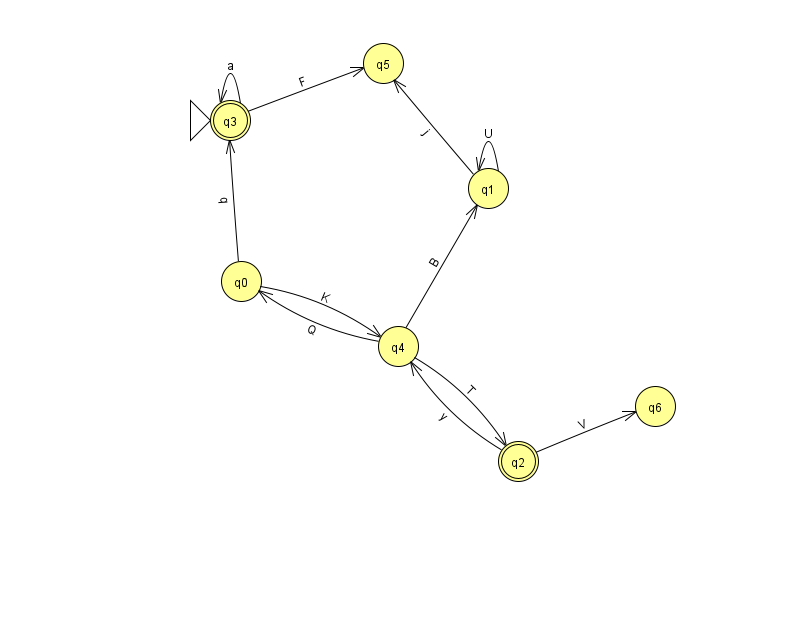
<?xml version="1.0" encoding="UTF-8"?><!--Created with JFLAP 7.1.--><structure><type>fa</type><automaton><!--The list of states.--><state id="0" name="q0"><x>241.0</x><y>268.0</y></state><state id="1" name="q1"><x>488.0</x><y>175.0</y></state><state id="2" name="q2"><x>518.0</x><y>448.0</y><final/></state><state id="3" name="q3"><x>230.0</x><y>107.0</y><initial/><final/></state><state id="4" name="q4"><x>398.0</x><y>333.0</y></state><state id="5" name="q5"><x>383.0</x><y>50.0</y></state><state id="6" name="q6"><x>655.0</x><y>393.0</y></state><!--The list of transitions.--><transition><from>0</from><to>4</to><read>K</read></transition><transition><from>3</from><to>3</to><read>a</read></transition><transition><from>4</from><to>1</to><read>B</read></transition><transition><from>2</from><to>4</to><read>y</read></transition><transition><from>1</from><to>1</to><read>U</read></transition><transition><from>2</from><to>6</to><read>V</read></transition><transition><from>3</from><to>5</to><read>F</read></transition><transition><from>4</from><to>0</to><read>Q</read></transition><transition><from>1</from><to>5</to><read>j</read></transition><transition><from>0</from><to>3</to><read>q</read></transition><transition><from>4</from><to>2</to><read>T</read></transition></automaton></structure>